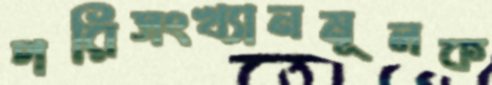
পরিসংখ্যানমূলক